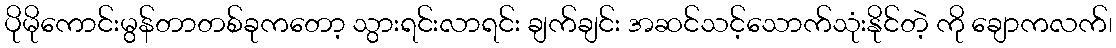
ပိုမိုကောင်းမွန်တာတစ်ခုကတော့ သွားရင်းလာရင်း ချက်ချင်း အဆင်သင့်သောက်သုံးနိုင်တဲ့ ကို ချောကလက်၊